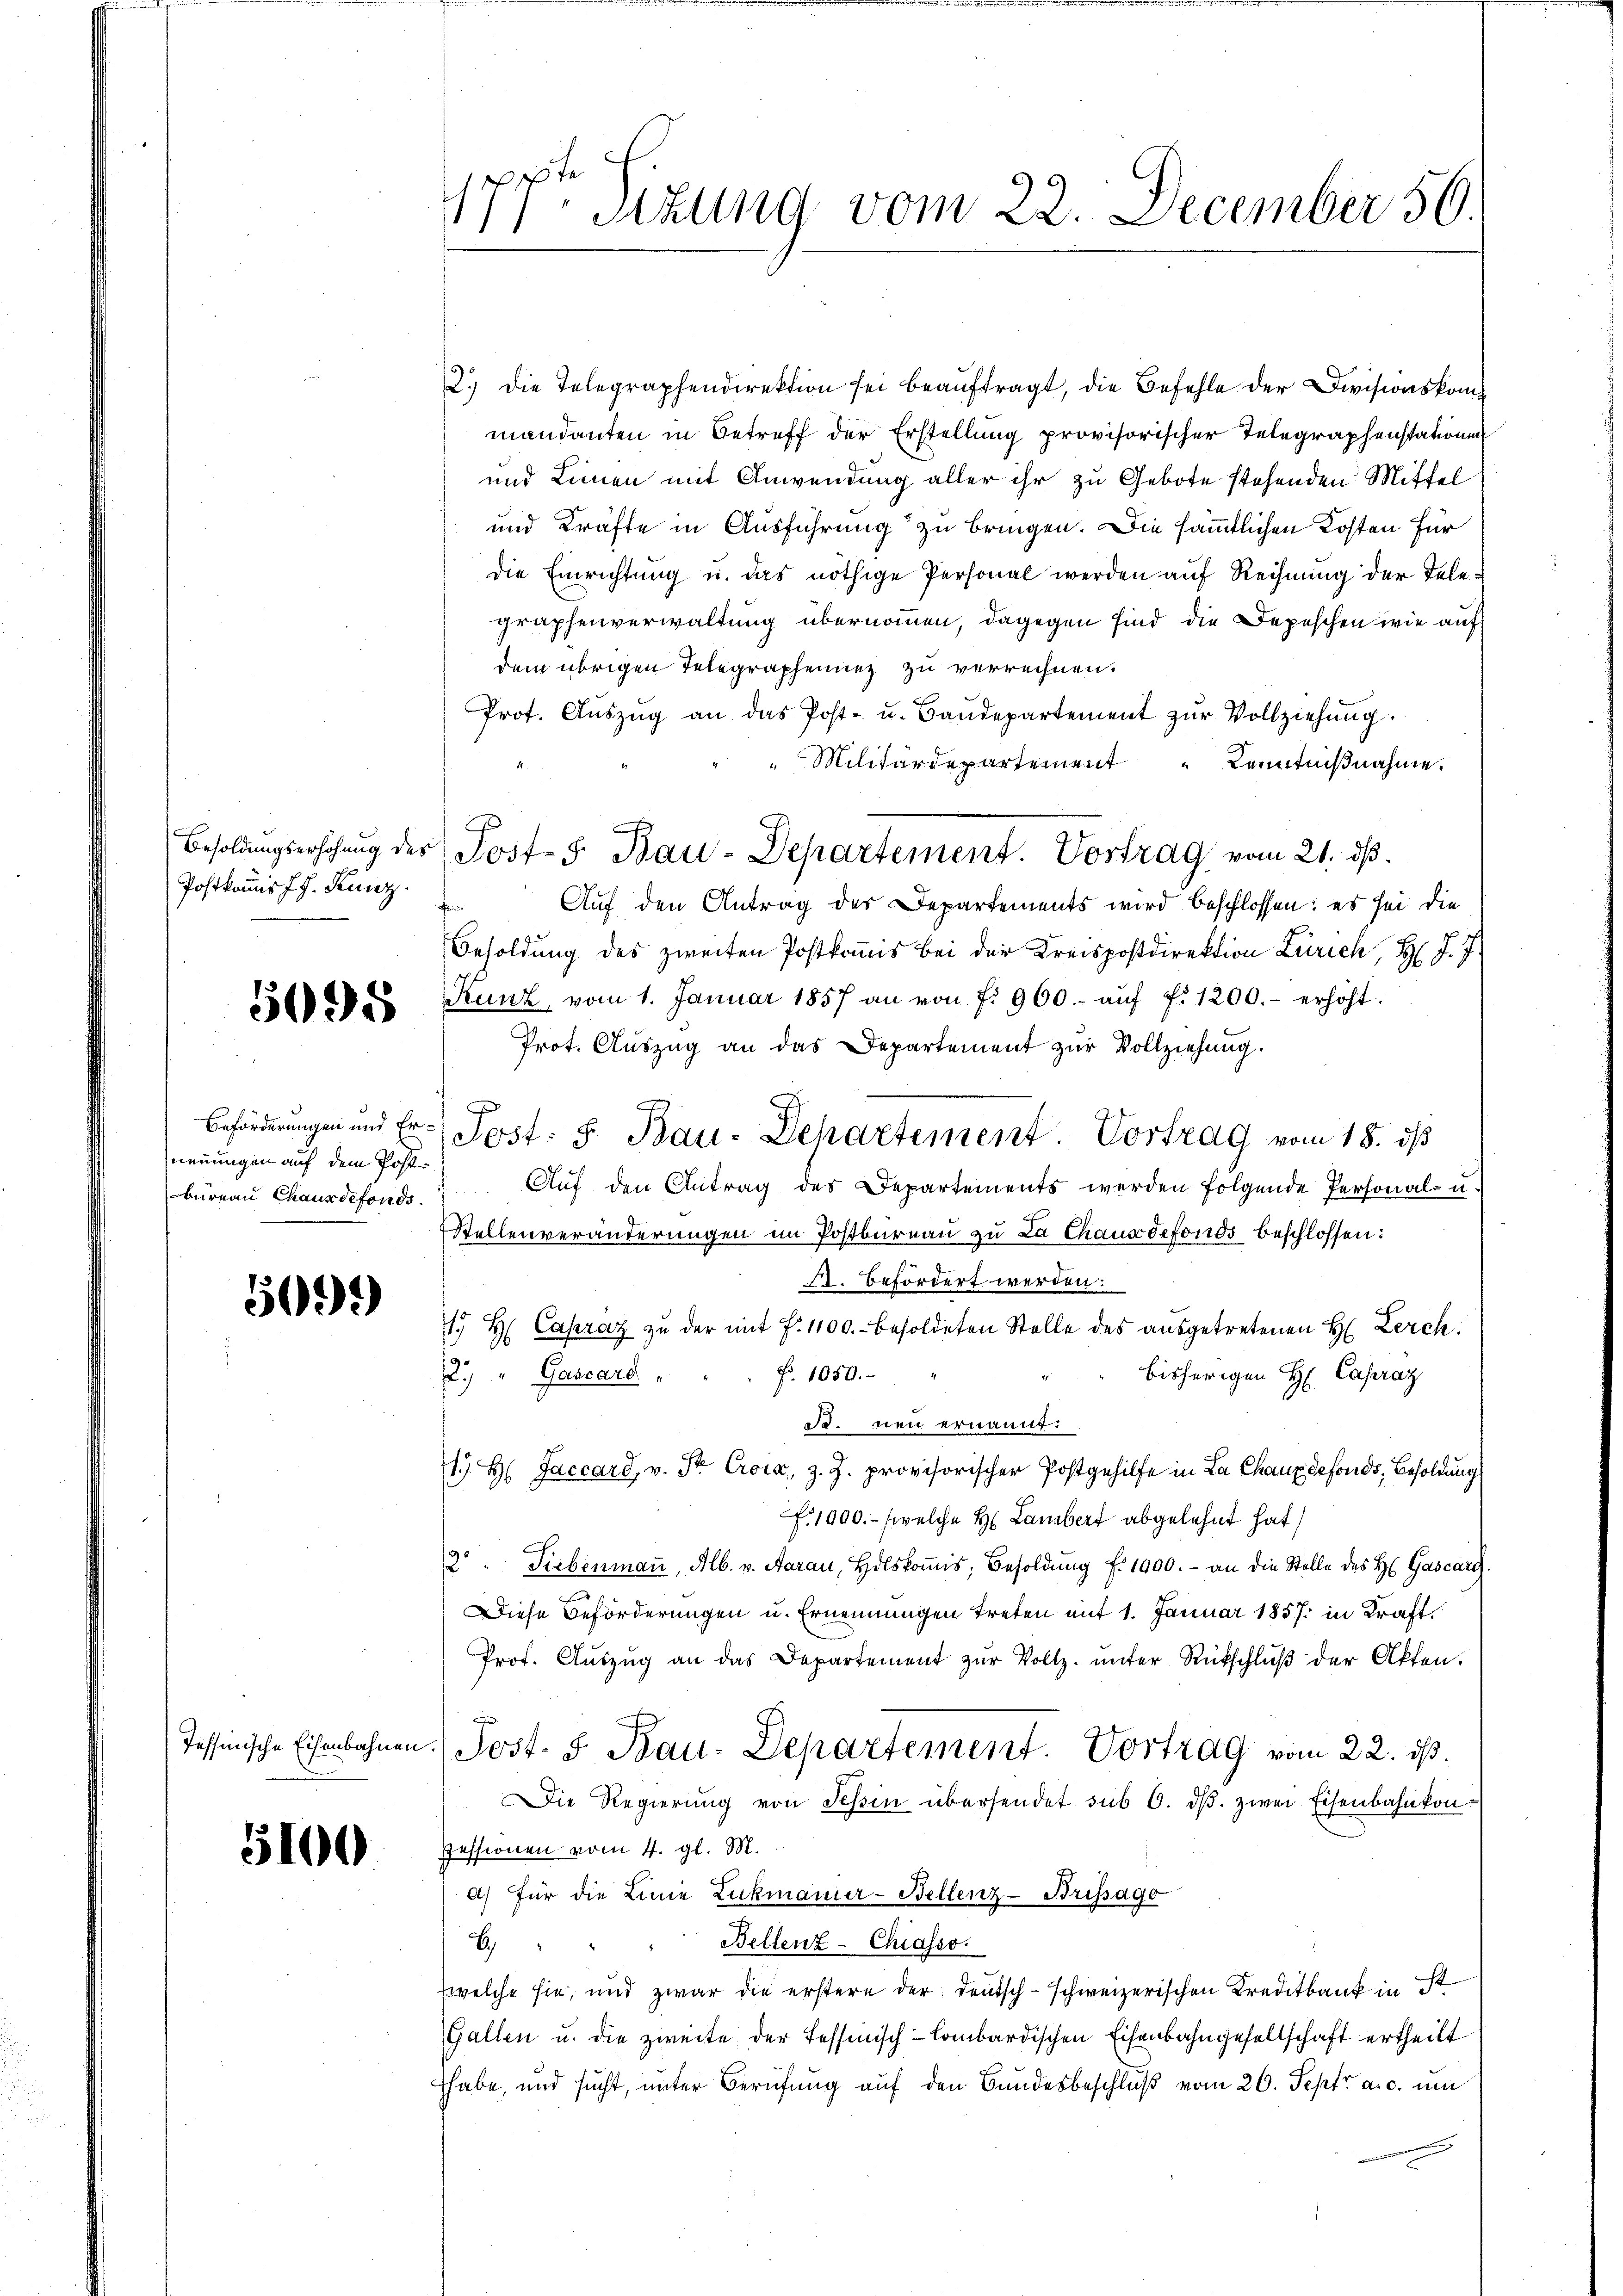
Postkanns J. J. Kunz.

5095

neuungen auf dem Postbüreau Chaus defonds.

5099)

5100

177ten Sitzung vom 22. December 50.

2.) Die Telegraphendirektion sei beaŭftragt, die Befehle der Divisionskommandanten in Betreff der Erstellung provisorischer Telegraphenstationen
und Linien mit Anwendung aller ihr zu Gebote stehenden Mittel
und Kräfte in Ausführung zu bringen. Die sämmtlichen Kosten für
die Einrichtŭng u. das nöthige Personal werden auf Rechnŭng der Tele-
graphenverwaltung übernommen, dagegen sind die Depeschen wie auf
dem übrigen Telegraphenung zu verrechnen.
Prot. Aŭszŭg an das Post- u. Baŭdepartement zŭr Vollziehŭng.
"Militärdepartement Kenntnißnahme.
Auf den Antrag der Departements wird beschlossen: es sei die
¬
Besoldung des zweiten Postkoṁis bei der Kreispostdirektion Zürich, Hr. J. 7.
Kunz, vom 1. Januar 1857 an von f. 900.- aŭf f. 1200.- erhöht.
Prot. Auszug an das Departement zur Vollziehung.
Auf den Antrag des Departements werden folgende Personal- u.
Stellenveränderungen im Postbureau zu La Chaus defonds beschlossen:
A. Befördert werden.
1. H. Capraz zu der mit f. 1100.- besoldeten Stelle des ausgetretenen H. Lerch
Fr. 1050.
bisherigen H. Capraz
.) " Gascard "
d. neu ernannt:
17 H. Jaccard, v. Sr. Croix, z. Z. provisorischer Postgehilfe in La Chaux defonds, Besoldung
Fr. 1000.- (welche H. Lambert abgelehnt hat
2 " Siebenmaṅ, Alb. v. Aarau, Holskoṁis, Besoldŭng f. 1900.- an die Stelle des H. Gascarg.
Diese Beförderungen u. Ernennungen treten mit 1. Januar 1857 in Kraft
Prof. Aŭszŭg an das Departement zŭr Vollz. ŭnter Rückschlŭβ der Akten.
.
Tessinische Eisenbahnen. Jost. S. Bau-Departement. Vortrag vom 22. ds.
Die Regierŭng von Tessin übersendet sub 6. dβ. zwei Eisenbahnkon:
Pessionen vom 4. gl. M.
a) für die Linie Lukmanier-Bellenz-Brissago
Bellenz-Chiasso.
B
(welche sie, und zwar die erstere der deutsch-schweizerischen Kreditbank in ist
Gallen u. die zweite der Tessinisch-lombardischen Eisenbahngesellschaft ertheilt
habe, und sucht, unter Berufung auf den Bundesbeschluß vom 20. Sept. a. c. um

Besoldŭngserhöhŭng der Post-S. Bau-Departement. Vortrag vom 21. dβ.

Beförderungen und Er-Post: 5. Bau-Departement. Vortrag vom 18. ds